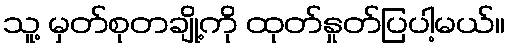
သူ့ မှတ်စုတချို့ကို ထုတ်နှုတ်ပြပါ့မယ်။